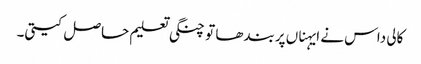
کالی داس نے ایہناں پربندھا تو چنگی تعلیم حاصل کیتی۔